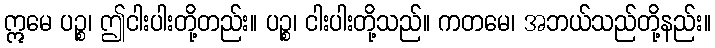
ဣမေ ပဉ္စ၊ ဤငါးပါးတို့တည်း။ ပဉ္စ၊ ငါးပါးတို့သည်။ ကတမေ၊ အဘယ်သည်တို့နည်း။